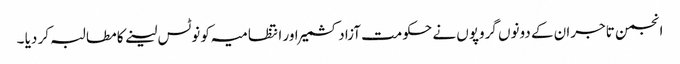
انجمن تاجران کے دونوں گروپوں نے حکومت آزادکشمیر اور انتظامیہ کو نوٹس لینے کا مطالبہ کر دیا ۔